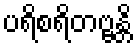
ပရိစရိတဗ္ဗန္တိ